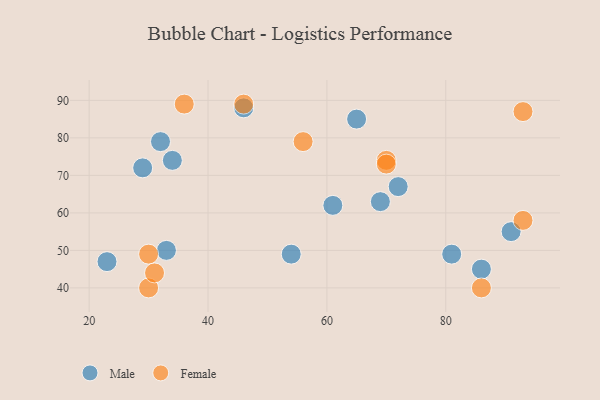
{"axis": {"x": "GDP", "y": "Life Expectancy"}, "legend": ["Female", "Male"], "data": [{"x": "65", "y": 85, "type": "Male"}, {"x": "34", "y": 74, "type": "Male"}, {"x": "29", "y": 72, "type": "Male"}, {"x": "91", "y": 55, "type": "Male"}, {"x": "46", "y": 88, "type": "Male"}, {"x": "86", "y": 45, "type": "Male"}, {"x": "61", "y": 62, "type": "Male"}, {"x": "72", "y": 67, "type": "Male"}, {"x": "69", "y": 63, "type": "Male"}, {"x": "32", "y": 79, "type": "Male"}, {"x": "33", "y": 50, "type": "Male"}, {"x": "23", "y": 47, "type": "Male"}, {"x": "54", "y": 49, "type": "Male"}, {"x": "81", "y": 49, "type": "Male"}, {"x": "30", "y": 40, "type": "Female"}, {"x": "46", "y": 89, "type": "Female"}, {"x": "30", "y": 49, "type": "Female"}, {"x": "56", "y": 79, "type": "Female"}, {"x": "70", "y": 74, "type": "Female"}, {"x": "93", "y": 58, "type": "Female"}, {"x": "31", "y": 44, "type": "Female"}, {"x": "36", "y": 89, "type": "Female"}, {"x": "93", "y": 87, "type": "Female"}, {"x": "86", "y": 40, "type": "Female"}, {"x": "70", "y": 73, "type": "Female"}]}